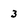
Character: 3